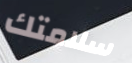
سلامتك